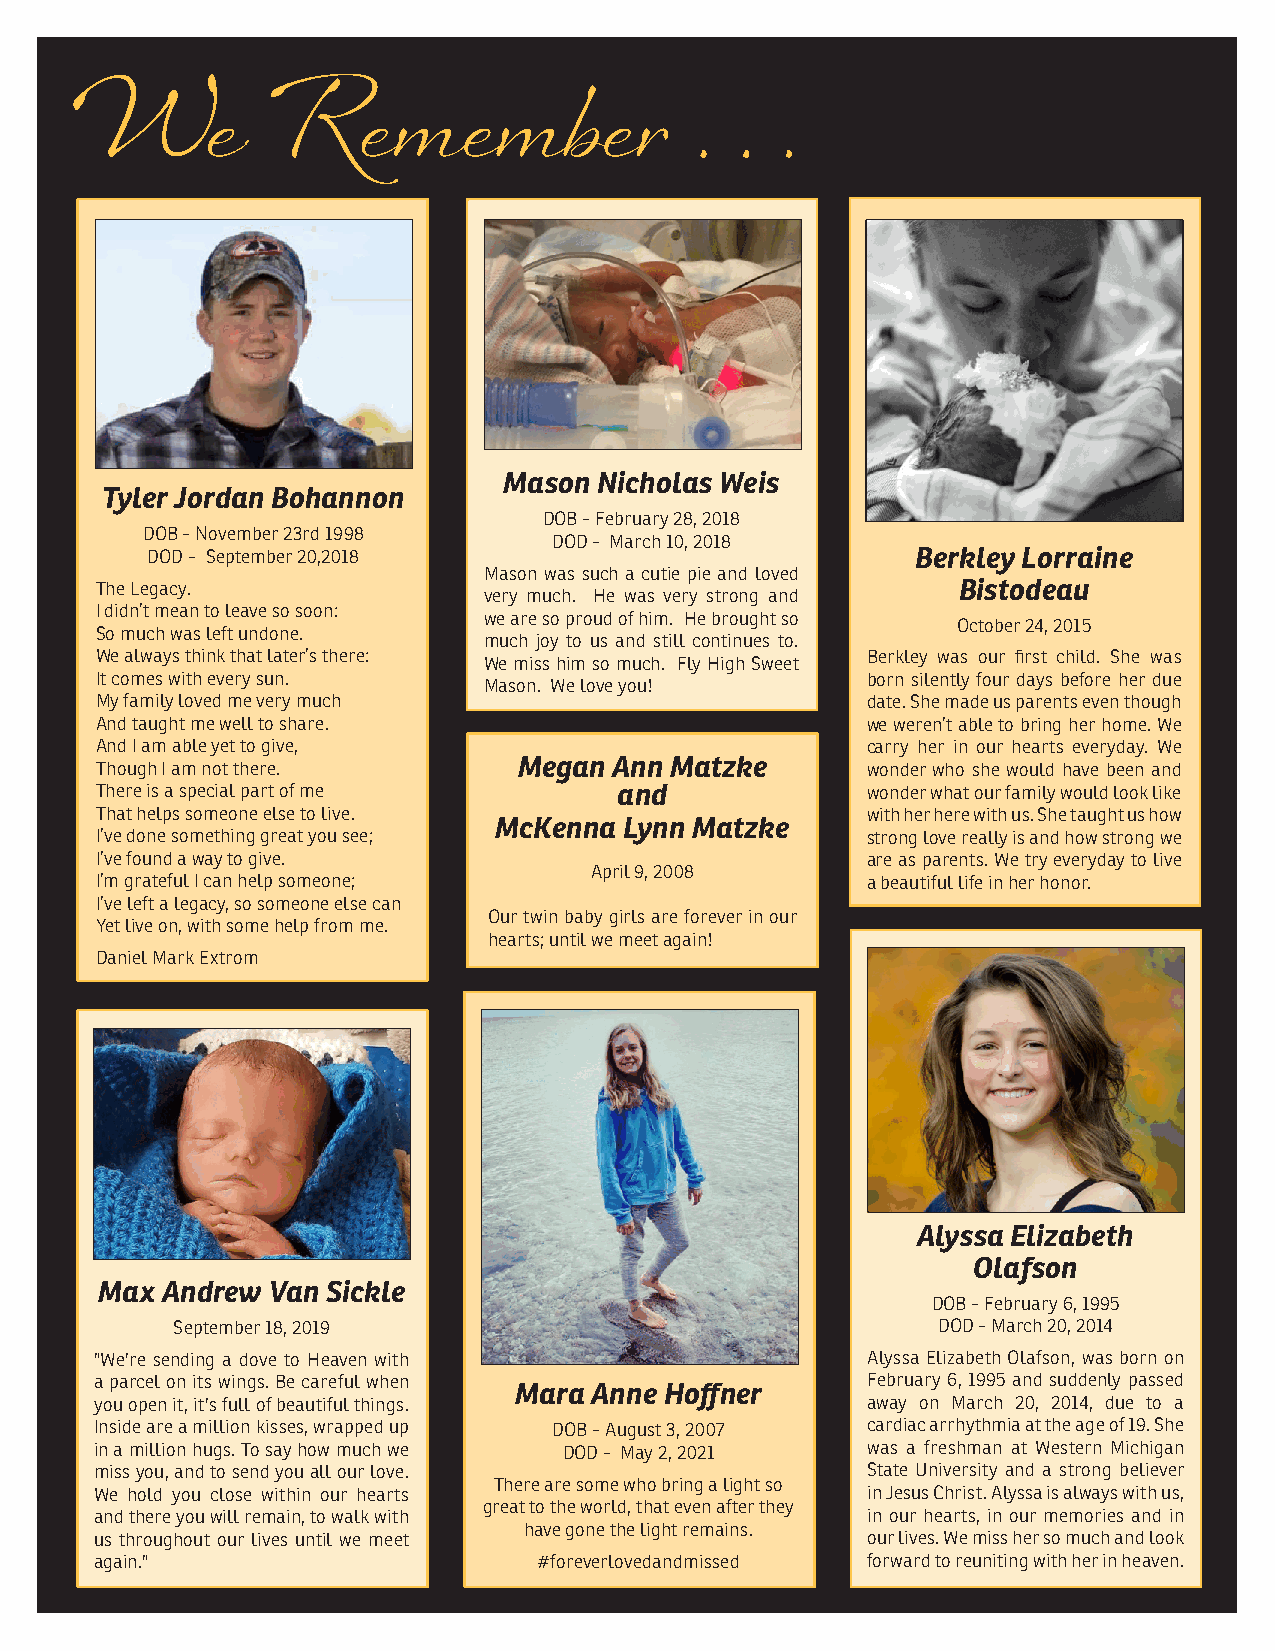
W        e   R     e m    e m   b  e r   .  . .
 Mason  Nicholas Weis
 Tyler Jordan Bohannon
 DOB - February 28, 2018
 DOB - November 23rd 1998
 DOD - March 10, 2018
 DOD - September 20,2018                            Berkley Lorraine
 Mason was such a cutie pie and loved
 The Legacy.                                              Bistodeau
 very much. He was very strong and
 I didn’t mean to leave so soon:
 we are so proud of him. He brought so
 October 24, 2015
 So much was left undone.
 much joy to us and still continues to.
 We always think that later’s there: We miss him so much. Fly High Sweet Berkley was our first child. She was
 It comes with every sun.  Mason. We love you!      born silently four days before her due
 My family loved me very much                       date. She made us parents even though
 And taught me well to share.                       we weren’t able to bring her home. We
 And I am able yet to give,                         carry her in our hearts everyday. We
 Though I am not there.      Megan  Ann Matzke      wonder who she would have been and
 There is a special part of me      and             wonder what our family would look like
 That helps someone else to live.                   with her here with us. She taught us how
 McKenna Lynn Matzke
 I’ve done something great you see;                 strong love really is and how strong we
 I’ve found a way to give.                          are as parents. We try everyday to live
 April 9, 2008
 I’m grateful I can help someone;                   a beautiful life in her honor.
 I’ve left a legacy, so someone else can
 Our twin baby girls are forever in our
 Yet live on, with some help from me.
 hearts; until we meet again!
 Daniel Mark Extrom
 Alyssa Elizabeth
 Olafson
 Max  Andrew Van Sickle
 DOB - February 6, 1995
 September 18, 2019                                 DOD - March 20, 2014
 "We're sending a dove to Heaven with               Alyssa Elizabeth Olafson, was born on
 a parcel on its wings. Be careful when             February 6, 1995 and suddenly passed
 Mara Anne Hoffner
 you open it, it's full of beautiful things.        away on March 20, 2014, due to a
 Inside are a million kisses, wrapped up DOB - August 3, 2007 cardiac arrhythmia at the age of 19. She
 in a million hugs. To say how much we DOD - May 2, 2021 was a freshman at Western Michigan
 miss you, and to send you all our love.            State University and a strong believer
 There are some who bring a light so
 We hold you close within our hearts                in Jesus Christ. Alyssa is always with us,
 great to the world, that even after they
 and there you will remain, to walk with            in our hearts, in our memories and in
 have gone the light remains.
 us throughout our lives until we meet              our lives. We miss her so much and look
 again."                       #foreverlovedandmissed forward to reuniting with her in heaven.